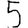
Digit: 5